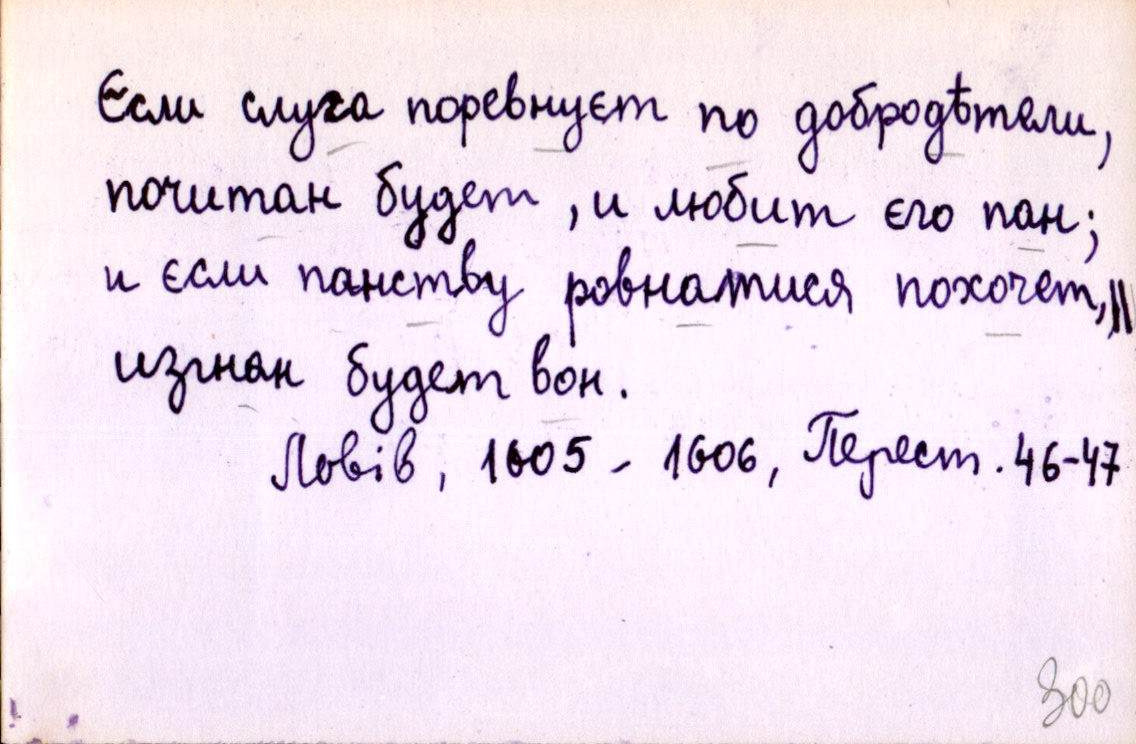
Єсли слуга поревнуєт по добродѣтели,
почитан будет, и любит єго пан;
и єсли панству ровнатися похочет,║
изгнан будет вон.
Львів, 1605-1606, Перест. 46-47